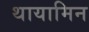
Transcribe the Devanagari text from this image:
थायामिन